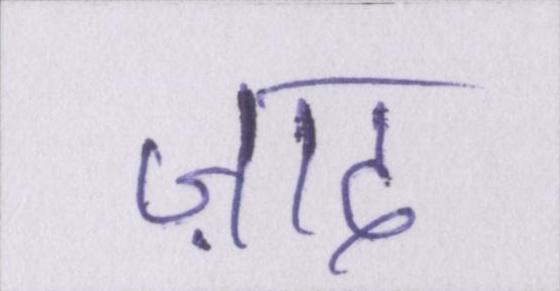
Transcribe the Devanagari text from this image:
ज़ाद